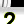
Digit: 2